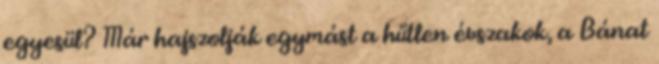
egyesül? Már hajszolják egymást a hűtlen évszakok, a Bánat